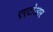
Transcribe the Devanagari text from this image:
एएटीआर